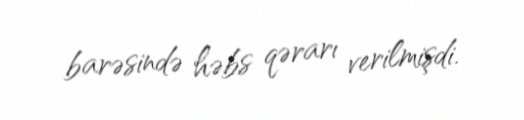
barəsində həbs qərarı verilmişdi.